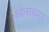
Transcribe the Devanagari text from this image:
कानाचयन